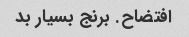
افتضاح. برنج بسیار بد